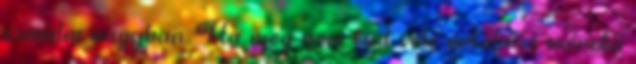
csinálni nagyban. Ha meg nem tud vele értelmes méretű